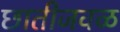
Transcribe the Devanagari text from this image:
छातीजवळ